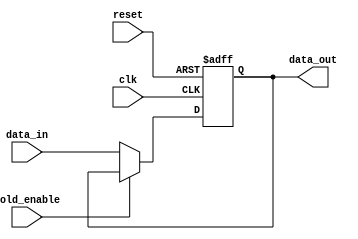
module hold_condition (
    input wire clk,              // Clock signal for synchronous operation
    input wire reset,            // Reset signal
    input wire hold_enable,      // Hold enable signal
    input wire [N-1:0] data_in,  // Data input (N bits)
    output reg [N-1:0] data_out  // Data output (N bits)
);
    parameter N = 8;            // Parameter to define data width

    // Initial condition for data_out
    initial begin
        data_out = 'b0;         // Default value for reset
    end

    // Synchronous process for hold condition
    always @(posedge clk or posedge reset) begin
        if (reset) begin
            data_out <= 'b0;     // Set output to zero on reset
        end else if (hold_enable) begin
            data_out <= data_out; // Hold current value
        end else begin
            data_out <= data_in;   // Update output with data_in
        end
    end
endmodule